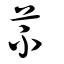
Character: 芣